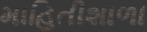
માહિતીશાળા